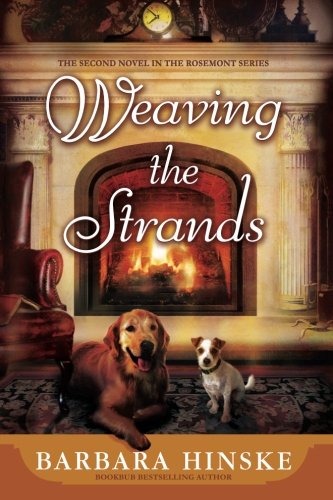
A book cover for Weaving the Strands (Rosemont); Barbara Hinske; Romance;